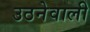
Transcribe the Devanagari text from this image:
उठनेवाली